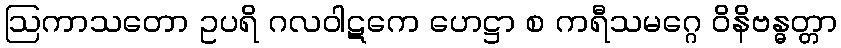
ဩကာသတော ဥပရိ ဂလဝါဋကေ ဟေဋ္ဌာ စ ကရီသမဂ္ဂေ ဝိနိဗန္ဓတ္တာ